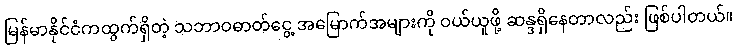
မြန်မာနိုင်ငံကထွက်ရှိတဲ့ သဘာဝဓာတ်ငွေ့ အမြောက်အများကို ဝယ်ယူဖို့ ဆန္ဒရှိနေတာလည်း ဖြစ်ပါတယ်။